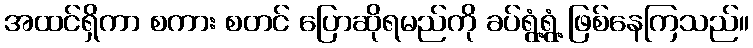
အထင်ရှိကာ စကား စတင် ပြောဆိုရမည်ကို ခပ်ရွံ့ရွံ့ ဖြစ်နေကြသည်။